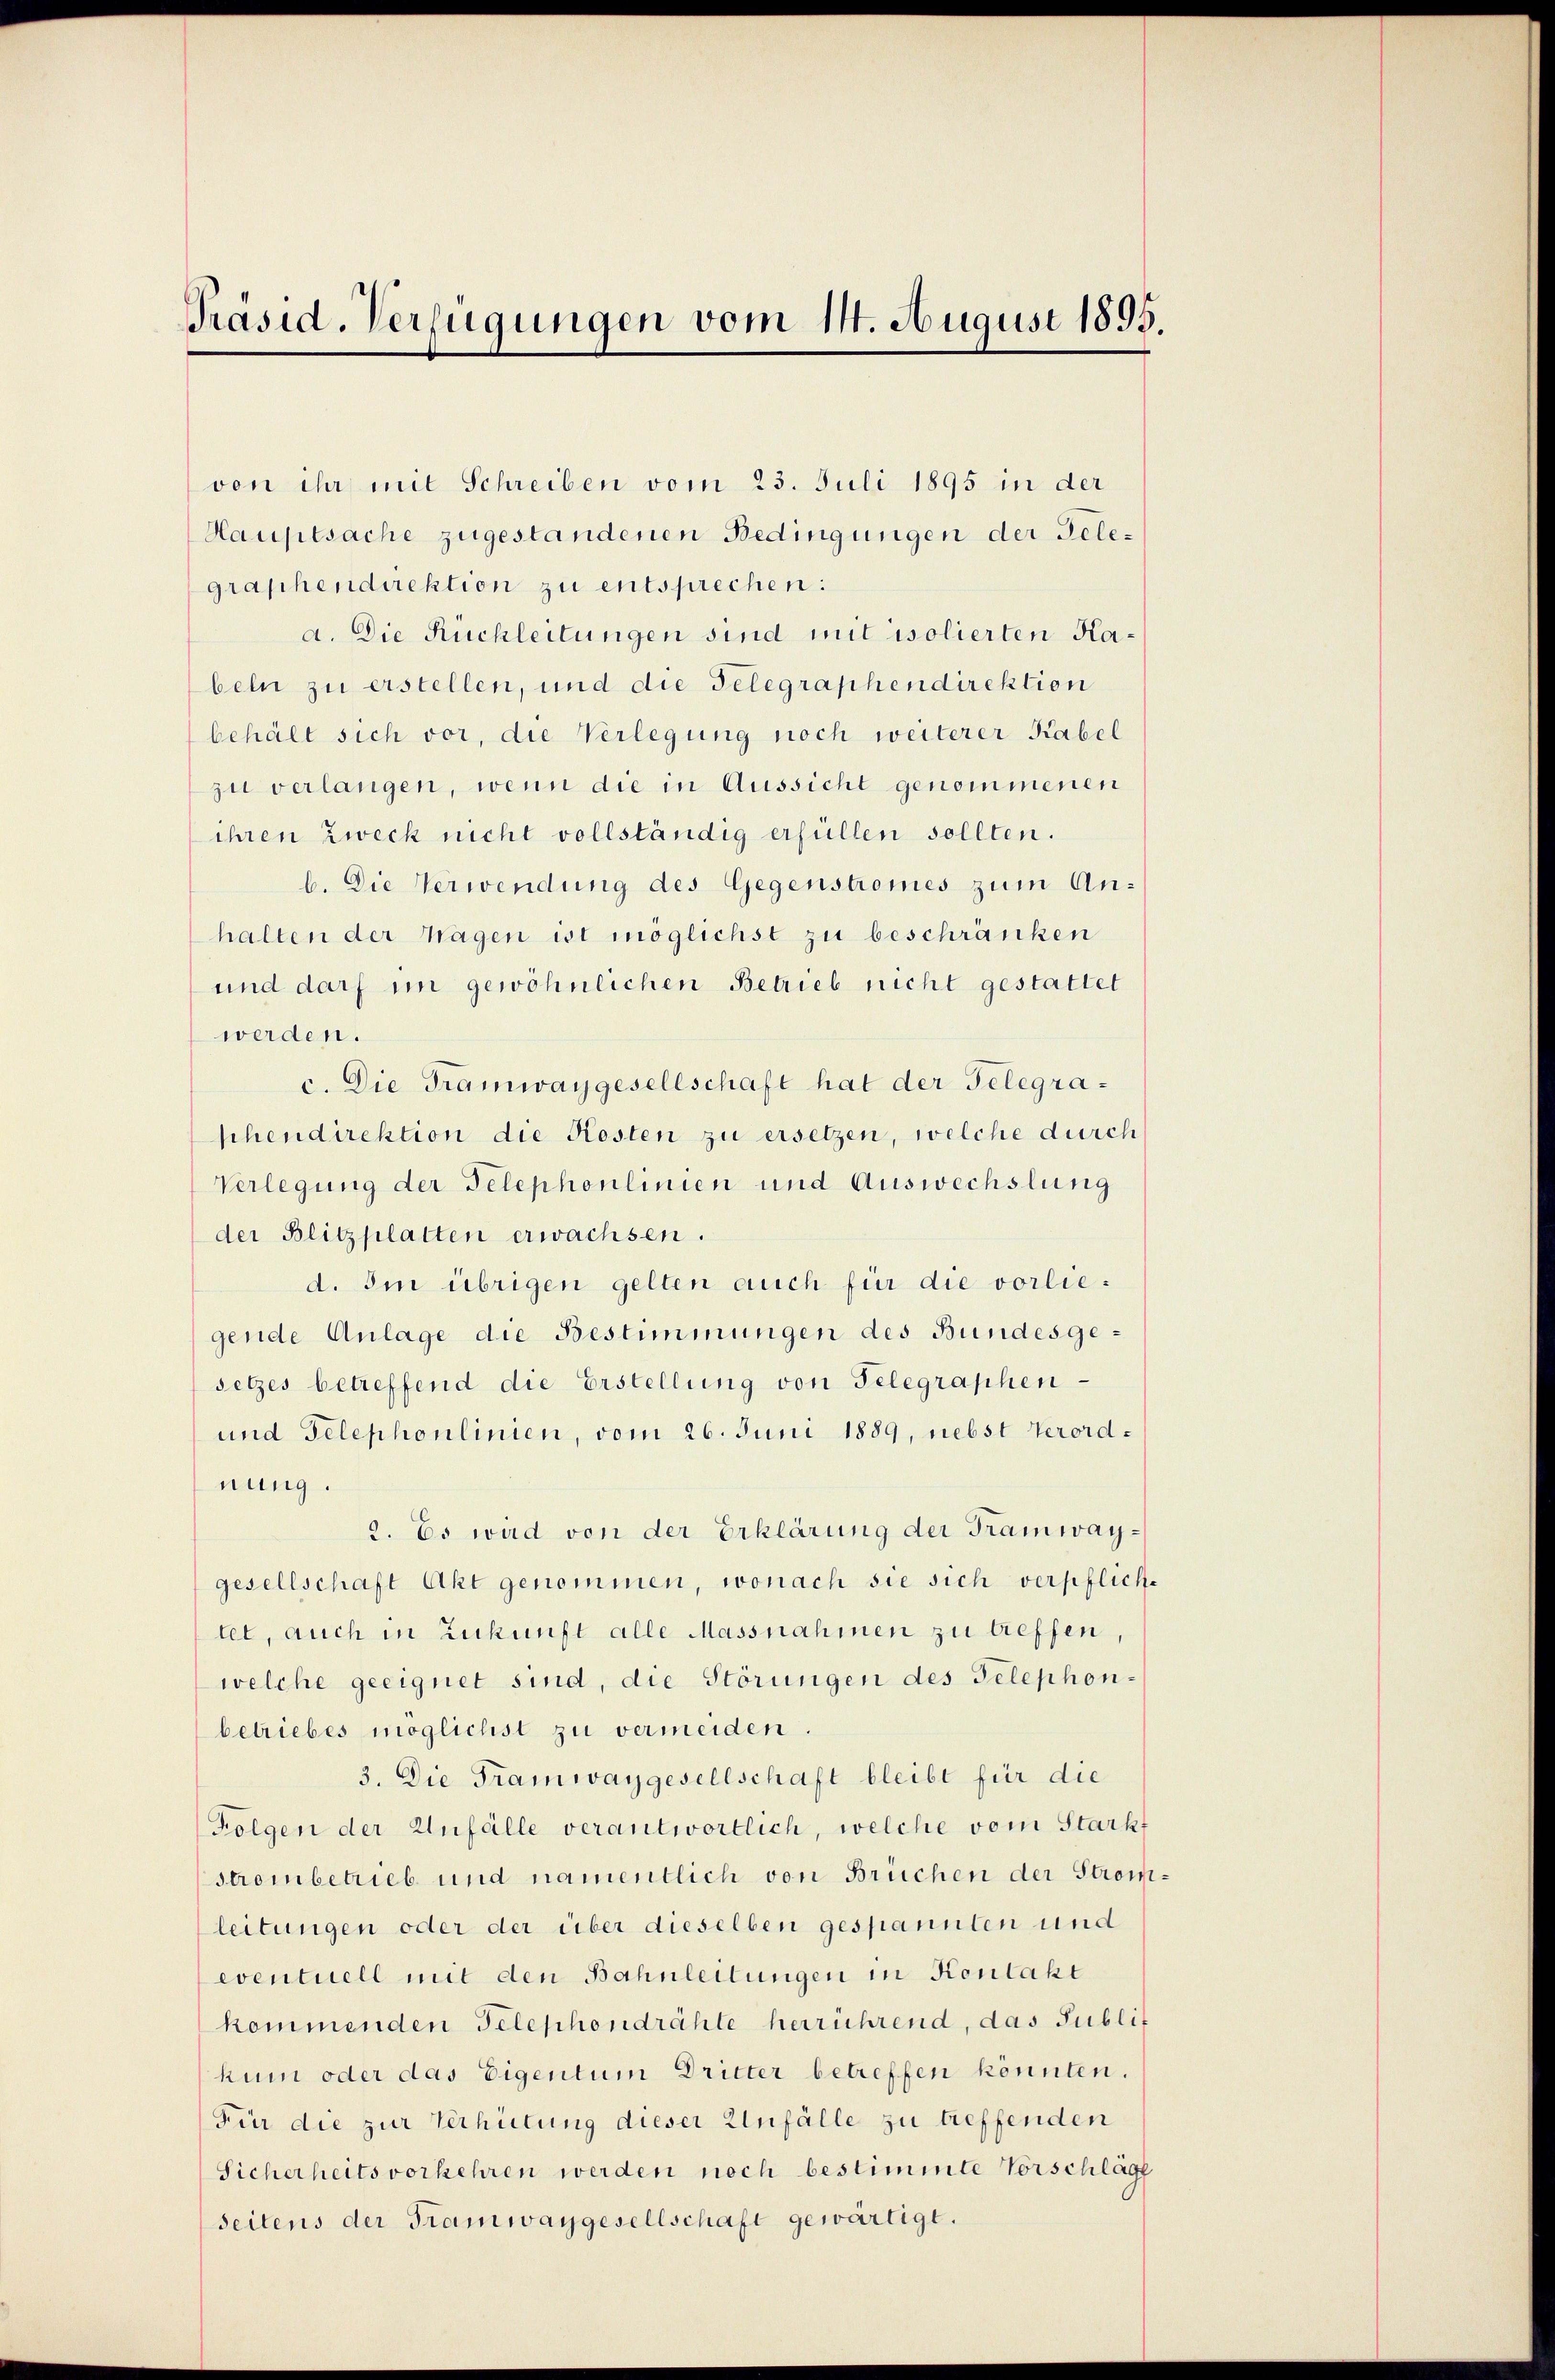
Präsid. Verfügungen vom 14. August 1895.

von ihr mit Schreiben vom 23. Juli 1895 in der
Hauptsache zugestandenen Bedingungen der Gelegraphendirektion zu entsprechen:
a. Die Ruchleitungen sind mit isolierten Kabeln zu erstellen, und die Gelegraphendirektion
behält sich vor, die Verlegung noch weiterer Kabel
zu verlangen, wenn die in Aussicht genommenen
ihren Zweck nicht vollständig erfüllen sollten.
b. Die Verwendung des Gegenstromes zum Anhalten der Wagen ist möglichst zu beschränken
und darf im gewöhnlichen Betrieb nicht gestattet
werden.
c. Die Tramwaygesellschaft hat der Gelegraschendirektion die Kosten zu ersetzen, welche durch
Verlegung der Telephonlinien und Auswechslung
der Blitzplatten erwachsen.
d. Im übrigen gelten auch für die vorliegende Anlage die Bestimmungen des Bundesgesetzes betreffend die Erstellung von Telegraphen-
und Telephonlinien, vom 26. Juni 1889, nebst Verordnung.
2. Es wird von der Erklärung der Tramwaygesellschaft Akt genommen, wonach sie sich verpfliche
tet, auch in Zukunft alle Massnahmen zu treffen,
welche geeignet sind, die Störungen des Telephon-
betriebes möglichst zu vermeiden.
3. Die Tramwaygesellschaft bleibt für die
Folgen der Unfälle verantwortlich, welche vom Starkt
strombetrieb und namentlich von Brüchen der Strom
leitungen oder der über dieselben gespannten und
eventuell mit den Bahnleitungen in Kontakt
kommenden Telephondrähte herrührend, das Publit
hum oder das Eigentum Dritter betreffen könnten.
Für die zur Verhütung dieser Unfälle zu treffenden
Sicherheits vorkehren werden noch bestimmte Vorschläg
Seitens der Tramwaygesellschaft gewärtige.